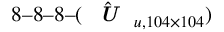
8 – 8 – 8 – ( \hat { \textit { \textbf { U } } } _ { u , 1 0 4 \times 1 0 4 } )